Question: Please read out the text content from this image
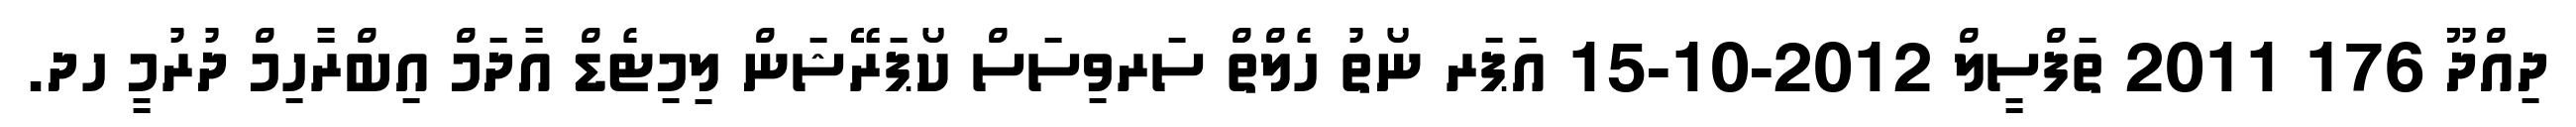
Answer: ދިއްދޫ 176 2011 ތަފްސީލް 2012-10-15 އަޕަރ ނޯތު ހެލްތް ސަރވިސަސް ކޯޕަރޭޝަން ލިމިޓެޑް އާދަމް އިބްރާހިމް ދުރުމީ ހދ.